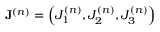
\mathbf { J } ^ { ( n ) } = \left( J _ { 1 } ^ { ( n ) } , J _ { 2 } ^ { ( n ) } , J _ { 3 } ^ { ( n ) } \right)